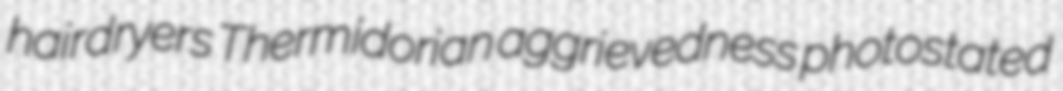
hairdryers Thermidorian aggrievedness photostated